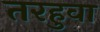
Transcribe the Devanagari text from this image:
तरहुवा